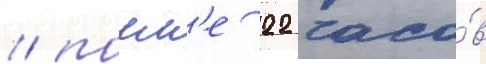
/ посл'е 22 часо́в